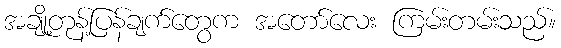
အချို့တုန့်ပြန်ချက်တွေက အတော်လေး ကြမ်းတမ်းသည်။